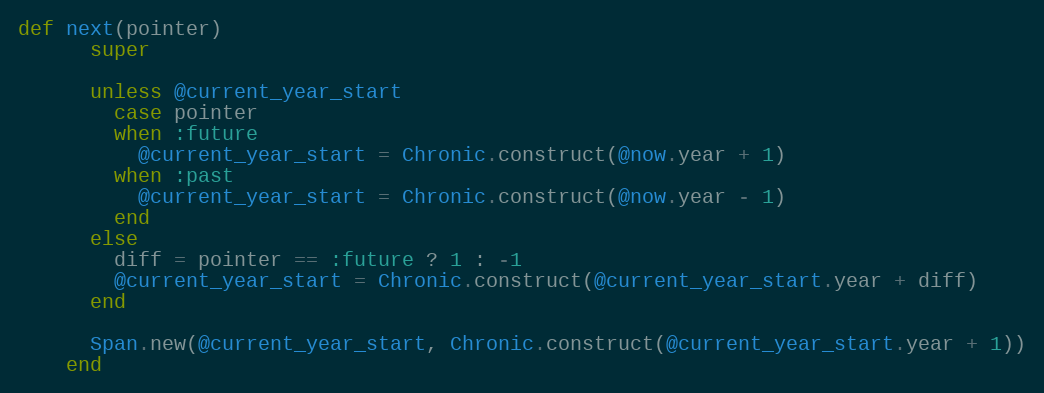
Language: Ruby
def next(pointer)
      super

      unless @current_year_start
        case pointer
        when :future
          @current_year_start = Chronic.construct(@now.year + 1)
        when :past
          @current_year_start = Chronic.construct(@now.year - 1)
        end
      else
        diff = pointer == :future ? 1 : -1
        @current_year_start = Chronic.construct(@current_year_start.year + diff)
      end

      Span.new(@current_year_start, Chronic.construct(@current_year_start.year + 1))
    end